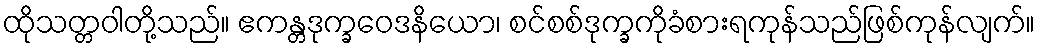
ထိုသတ္တဝါတို့သည်။ ဧကန္တဒုက္ခဝေဒနိယော၊ စင်စစ်ဒုက္ခကိုခံစားရကုန်သည်ဖြစ်ကုန်လျက်။